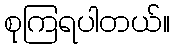
စုကြရပါတယ်။